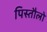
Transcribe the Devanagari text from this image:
पिस्तौलो